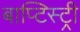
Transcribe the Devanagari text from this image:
बाप्टिस्ट्री